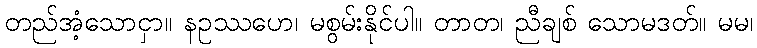
တည်အံ့သောငှာ။ နဥဿဟေ၊ မစွမ်းနိုင်ပါ။ တာတ၊ ညီချစ် သောမဒတ်။ မမ၊